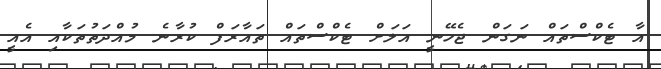
އާ ޓެކްސްތައް ނަގަން ޖެހޭނީ އަލަށް ޓެކްސްތައް ތައާރަފް ކުރާނެ މުއްދަތުތަކާއި އެއީ